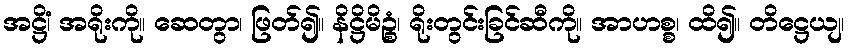
အဋ္ဌိံ၊ အရိုးကို။ ဆေတွာ၊ ဖြတ်၍။ နိဋ္ဌိမိဉ္စံ၊ ရိုးတွင်းခြင်ဆီကို။ အာဟစ္စ၊ ထိ၍။ တိဋ္ဌေယျ၊